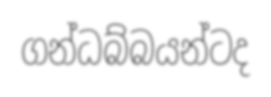
ගන්ධබ්බයන්ටද